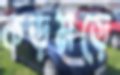
কড়মড়ে